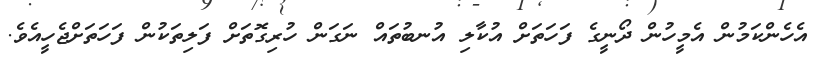
އެހެންކަމުން އެމީހުން ދޯނީގެ ފަހަތަށް އުކާލި އުނބުތައް ނަގަން ހުރިގޮތަށް ފަލިތަކުން ފަހަތަށްޖެހީއެވެ.